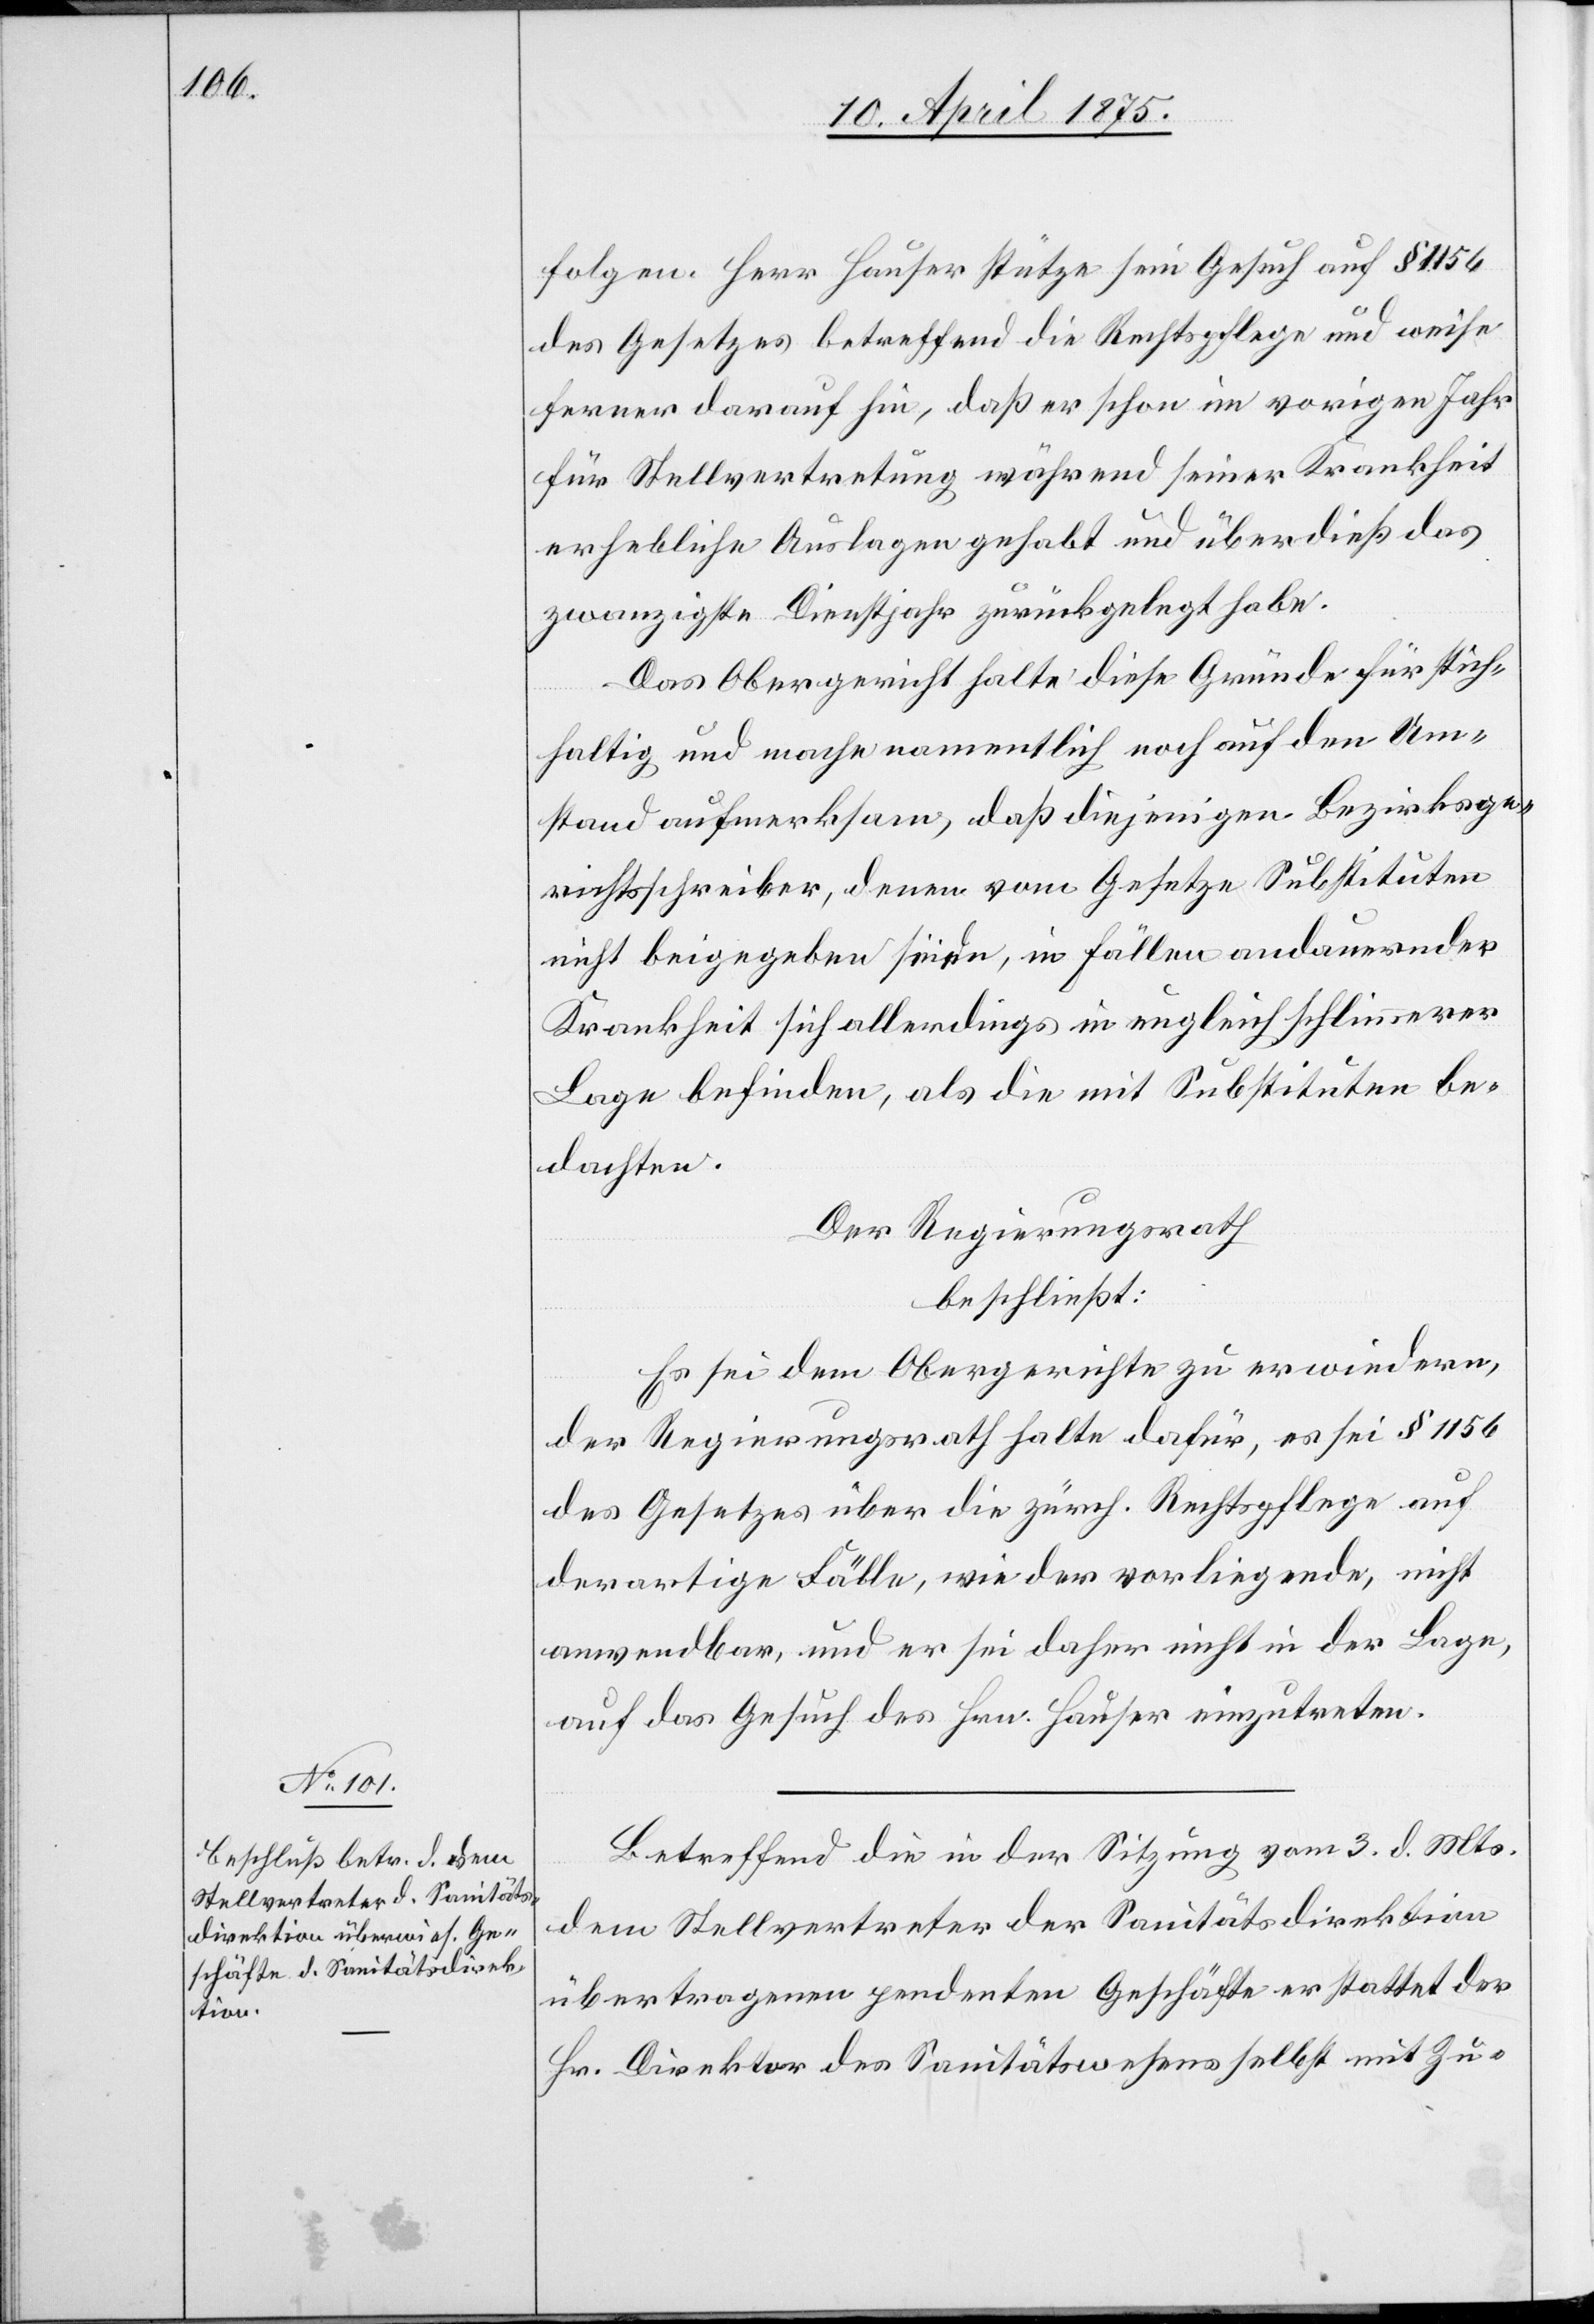
folgen. Herr Hauser stütze sein Gesuch auf § 1156
des Gesetzes betreffend die Rechtspflege und weise
ferner darauf hin, daß er schon im vorigen Jahr
für Stellvertretung während seiner Krankheit
erhebliche Auslagen gehabt und überdieß das
zwanzigste Dienstjahr zurückgelegt habe.
Das Obergericht halte diese Gründe für stich¬
haltig und mache namentlich noch auf den Um¬
stand aufmerksam, daß diejenigen Bezirksge¬
richtsschreiber, denen vom Gesetze Substituten
nicht beigegeben seien, in Fällen andauernder
Krankheit sich allerdings in ungleich schlimmerer
Lage befinden, als die mit Substituten be¬
dachten.
Der Regierungsrath
beschließt:
Es sei dem Obergerichte zu erwiedern,
der Regierungsrath halte dafür, es sei § 1156
des Gesetzes über die zürch. Rechtspflege auf
derartige Fälle, wie der vorliegende, nicht
anwendbar, und er sei daher nicht in der Lage,
auf das Gesuch des Hrn. Hauser einzutreten.
Betreffend die in der Sitzung vom 3. d. Mts.
dem Stellvertreter der Sanitätsdirektion
übertragenen pendenten Geschäfte erstattet der
Hr. Direktor des Sanitätswesens selbst mit Zu-